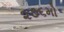
૨૭૬મો